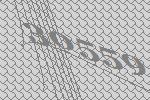
30559